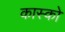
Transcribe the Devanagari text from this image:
कास्को